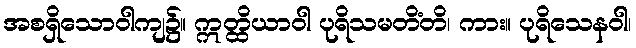
အစရှိသောဝါကျ၌။ ဣတ္ထိယာဝါ ပုရိသမတိံတိ၊ ကား။ ပုရိသေနဝါ၊